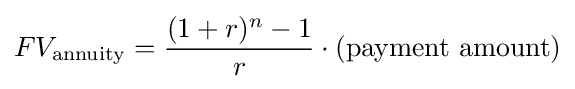
FV_{\mathrm {annuity} }={(1+r)^{n}-1 \over r}\cdot \mathrm {(payment\ amount)}